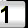
Digit: 1